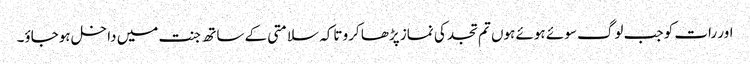
اور رات کو جب لوگ سوئے ہوئے ہوں تم تجد کی نماز پڑھا کرو تاکہ سلامتی کے ساتھ جنت میں داخل ہوجاؤ۔